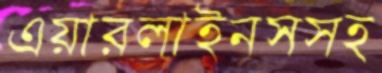
এয়ারলাইনসসহ